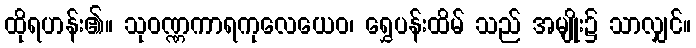
ထိုရဟန်း၏။ သုဝဏ္ဏကာရကုလေယေဝ၊ ရွှေပန်းထိမ် သည် အမျိုး၌ သာလျှင်။